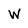
Character: W